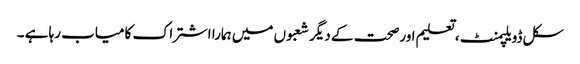
سکل ڈویلپمنٹ ،تعلیم اورصحت کے دیگر شعبوں میں ہمارا اشتراک کامیاب رہا ہے ۔